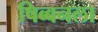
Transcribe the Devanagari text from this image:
षिब्बनला